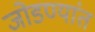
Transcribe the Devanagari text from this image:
जोडण्यांत